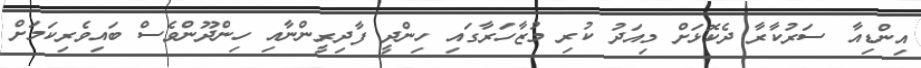
އިންޑިއާ ސަރުކާރާ ދެކޮޅަށް މިއަދު ކުރި މުޒާހަރާގައި ހިންދީ ފާދިރީންނާއި ހިންދޫންވެސް ބައިވެރިކަމަށް